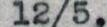
12/5,